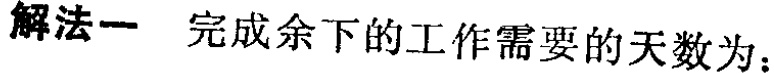
解法一 完成余下的工作需要的天数为：